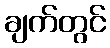
ချက်တွင်